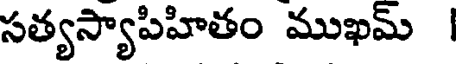
సత్యస్యాపిహితం ముఖమ్